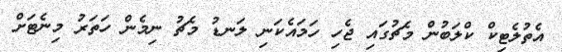
އެތުލެޓިކް ކްލަބުން މެޗުގައި ޖެހި ހަމައެކަނި ލަނޑު މެޗު ނިމެން ހަތަރު މިނެޓަށް